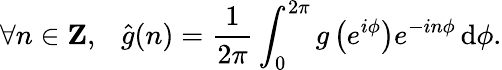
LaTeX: \forall n\in\mathbf{Z},\ \ \ {\hat{g}}(n)={\frac{1}{2\pi}}\int_{0}^{2\pi}g\left(e^{i\phi}\right)e^{-in\phi}\, \mathrm{d}\phi.